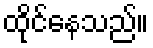
ထိုင်နေသည်။